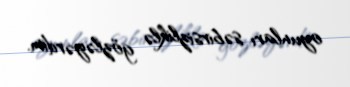
oyunları səbirsizliklə gözləyərdim.